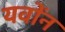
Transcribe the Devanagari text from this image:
यवोंन